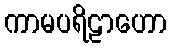
ကာမပရိဠာဟော